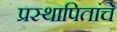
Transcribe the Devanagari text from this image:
प्रस्थापितांचे